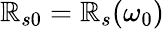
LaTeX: \mathbb{R}_{s0}=\mathbb{R}_{s}(\omega_{0})